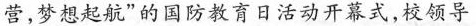
营，梦想起航”的国防教育日活动开幕式，校领导